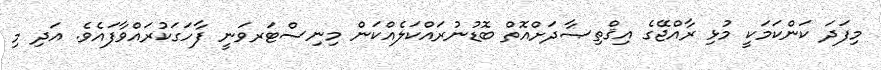
މިފަދަ ކަންކަމަކީ މުޅި ރާއްޖޭގެ އިޤްތިޞާދަށްއޮތް ބޮޑުނުރައްކަލެއްކަން މިނިސްޓަރވަނީ ފާހަގަކުރައްވާފައެވެ. އަދި މި